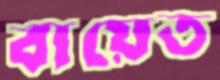
বায়েত